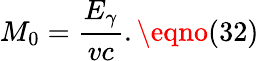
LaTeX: M_{0}=\frac{E_{\gamma}}{vc}.\eqno(32)